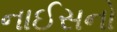
નાઈસનો